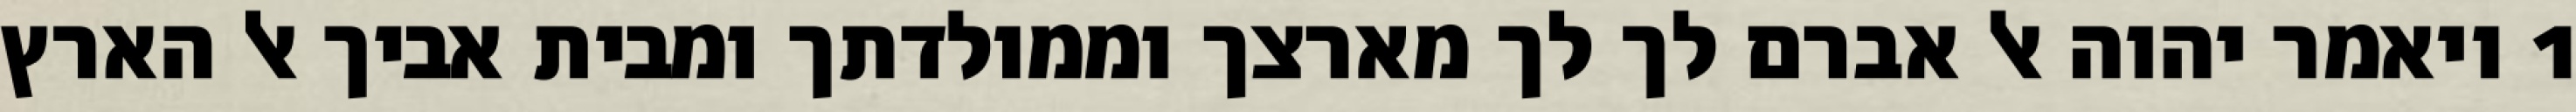
1 ויאמר יהוה אל אברם לך לך מארצך וממולדתך ומבית אביך אל הארץ